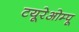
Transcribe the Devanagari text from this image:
टयूरेओम्पू